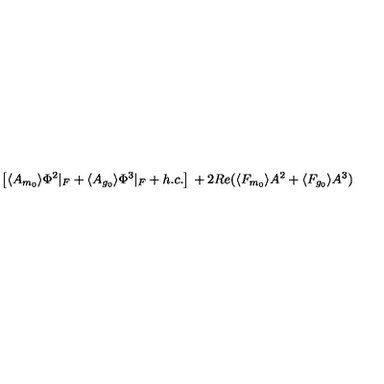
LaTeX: \left[ \langle A _ { m _ { 0 } } \rangle \Phi ^ { 2 } \vert _ { F } + \langle A _ { g _ { 0 } } \rangle \Phi ^ { 3 } \vert _ { F } + h . c . \right] { } + 2 R e ( \langle F _ { m _ { 0 } } \rangle A ^ { 2 } + \langle F _ { g _ { 0 } } \rangle A ^ { 3 } )